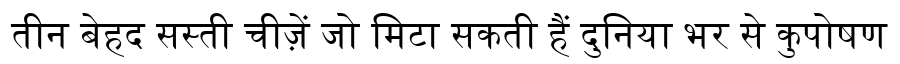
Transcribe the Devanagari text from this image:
तीन बेहद सस्ती चीज़ें जो मिटा सकती हैं दुनिया भर से कुपोषण